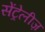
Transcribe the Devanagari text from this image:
सेंट्रेलीज़